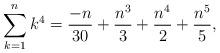
LaTeX: \begin{align*} \sum_{k=1}^{n} k^4 = \frac{-n}{30} + \frac{n^3}{3} + \frac{n^4}{2} + \frac{n^5}{5},\end{align*}